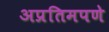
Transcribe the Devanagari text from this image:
अप्रतिमपणे